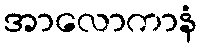
အာလောကာနံ